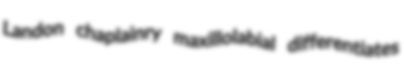
Landon chaplainry maxillolabial differentiates